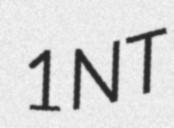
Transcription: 1NT